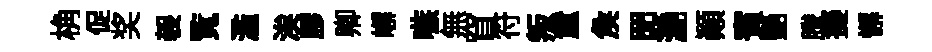
桷促奖袈覧濫涘膠卿嶰嗾無窅符叛童矦𦊑灔顛賓艷謄擬懈